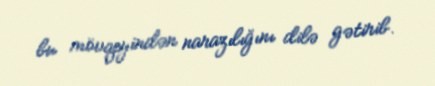
bu mövqeyindən narazılığını dilə gətirib.